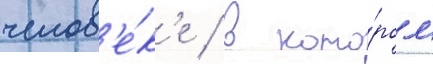
челов'е́к'е / в кото́ром